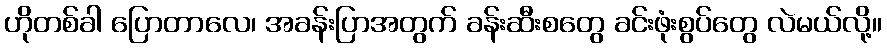
ဟိုတစ်ခါ ပြောတာလေ၊ အခန်းပြာအတွက် ခန်းဆီးစတွေ ခင်းဖုံးစွပ်တွေ လဲမယ်လို့။